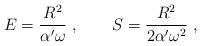
LaTeX: \begin{align*}E= {R^2\over \alpha' \omega}\ ,\qquad S= {R^2\over 2\alpha' \omega^2}\ ,\end{align*}